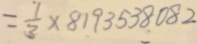
= \frac { 1 } { 3 } \times 8 1 9 3 5 3 8 0 8 2